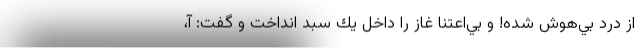
از درد بي‌هوش شده! و بي‌اعتنا غاز را داخل يك سبد انداخت و گفت: آ،